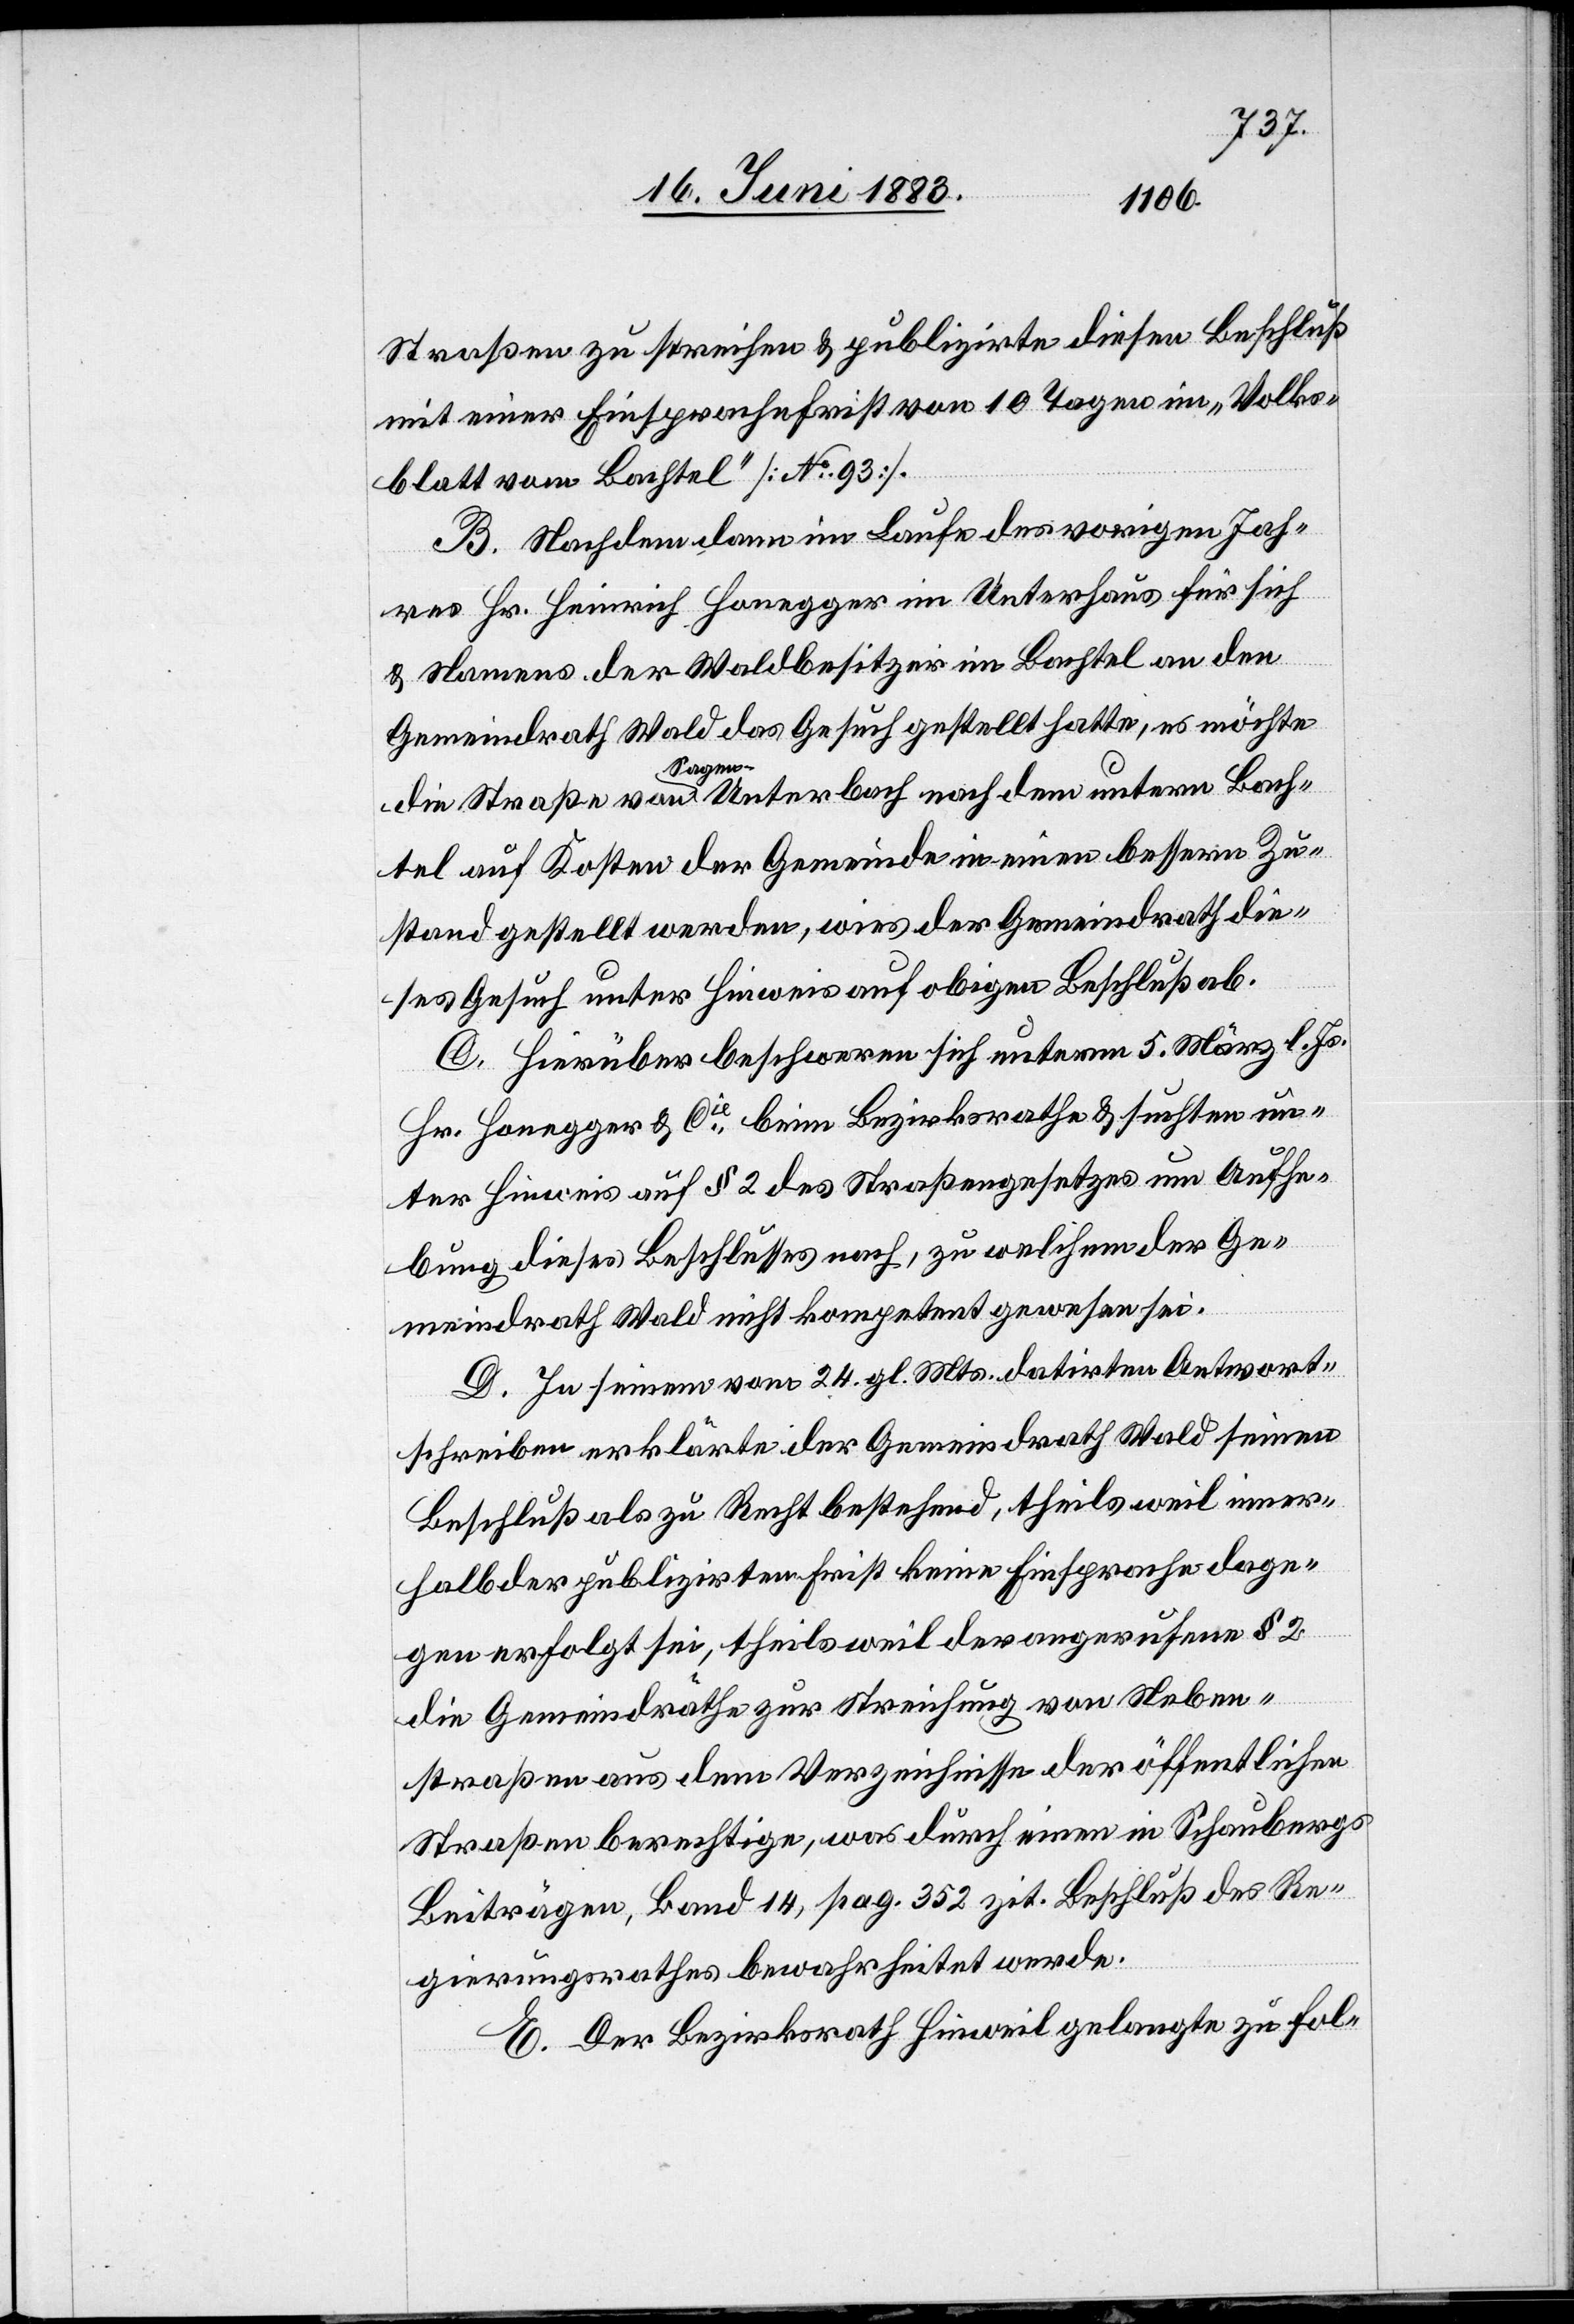
Straßen zu streichen & publizirte diesen Beschluß
mit einer Einsprachefrist von 10 Tagen im „Volks¬
blatt vom Bachtel“ [No 93].
B. Nachdem dann im Laufe des vorigen Jah¬
res Hr. Heinrich Honegger im Unterhaus für sich
& Namens der Waldbesitzer im Bachtel an den
Gemeindrath Wald das Gesuch gestellt hatte, es möchte
die Straße von Sagen - Unterbach nach dem untern Bach¬
tel auf Kosten der Gemeinde in einen bessern Zu¬
stand gestellt werden, wies der Gemeindrath die¬
ses Gesuch unter Hinweis auf obigen Beschluß ab.
C. Hierüber beschweren sich unterm 5. März l. Js.
Hr. Honegger & Cie beim Bezirksrathe & suchten un¬
ter Hinweis auf § 2 des Straßengesetzes um Aufhe¬
bung dieses Beschlusses nach, zu welchem der Ge¬
meindrath Wald nicht kompetent gewesen sei.
D. In seinem vom 24. gl. Mts. datirten Antwort¬
schreiben erklärte der Gemeindrath Wald seinen
Beschluß als zu Recht bestehend, theils weil inner¬
halb der publizirten Frist keine Einsprache dage¬
gen erfolgt sei, theils weil der angerufene § 2
die Gemeindräthe zur Streichung von Neben¬
straßen aus dem Verzeichnisse der öffentlichen
Straßen berechtige, was durch einen in Schaubergs
Beiträgen, Band 14, pag. 352 zit. Beschluß des Re¬
gierungsrathes bewahrheitet werde.
E. Der Bezirksrath Hinweil gelangte zu fol-